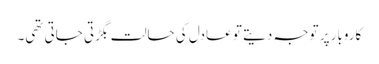
کاروبار پر توجہ دیتے تو عادل کی حالت بگڑتی جاتی تھی۔